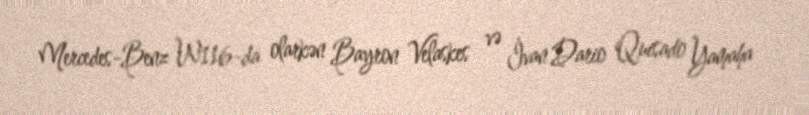
Mercedes-Benz W116-da olarkən Bayron Velaskes və İvan Dario Quisado Yamaha